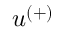
u ^ { ( + ) }